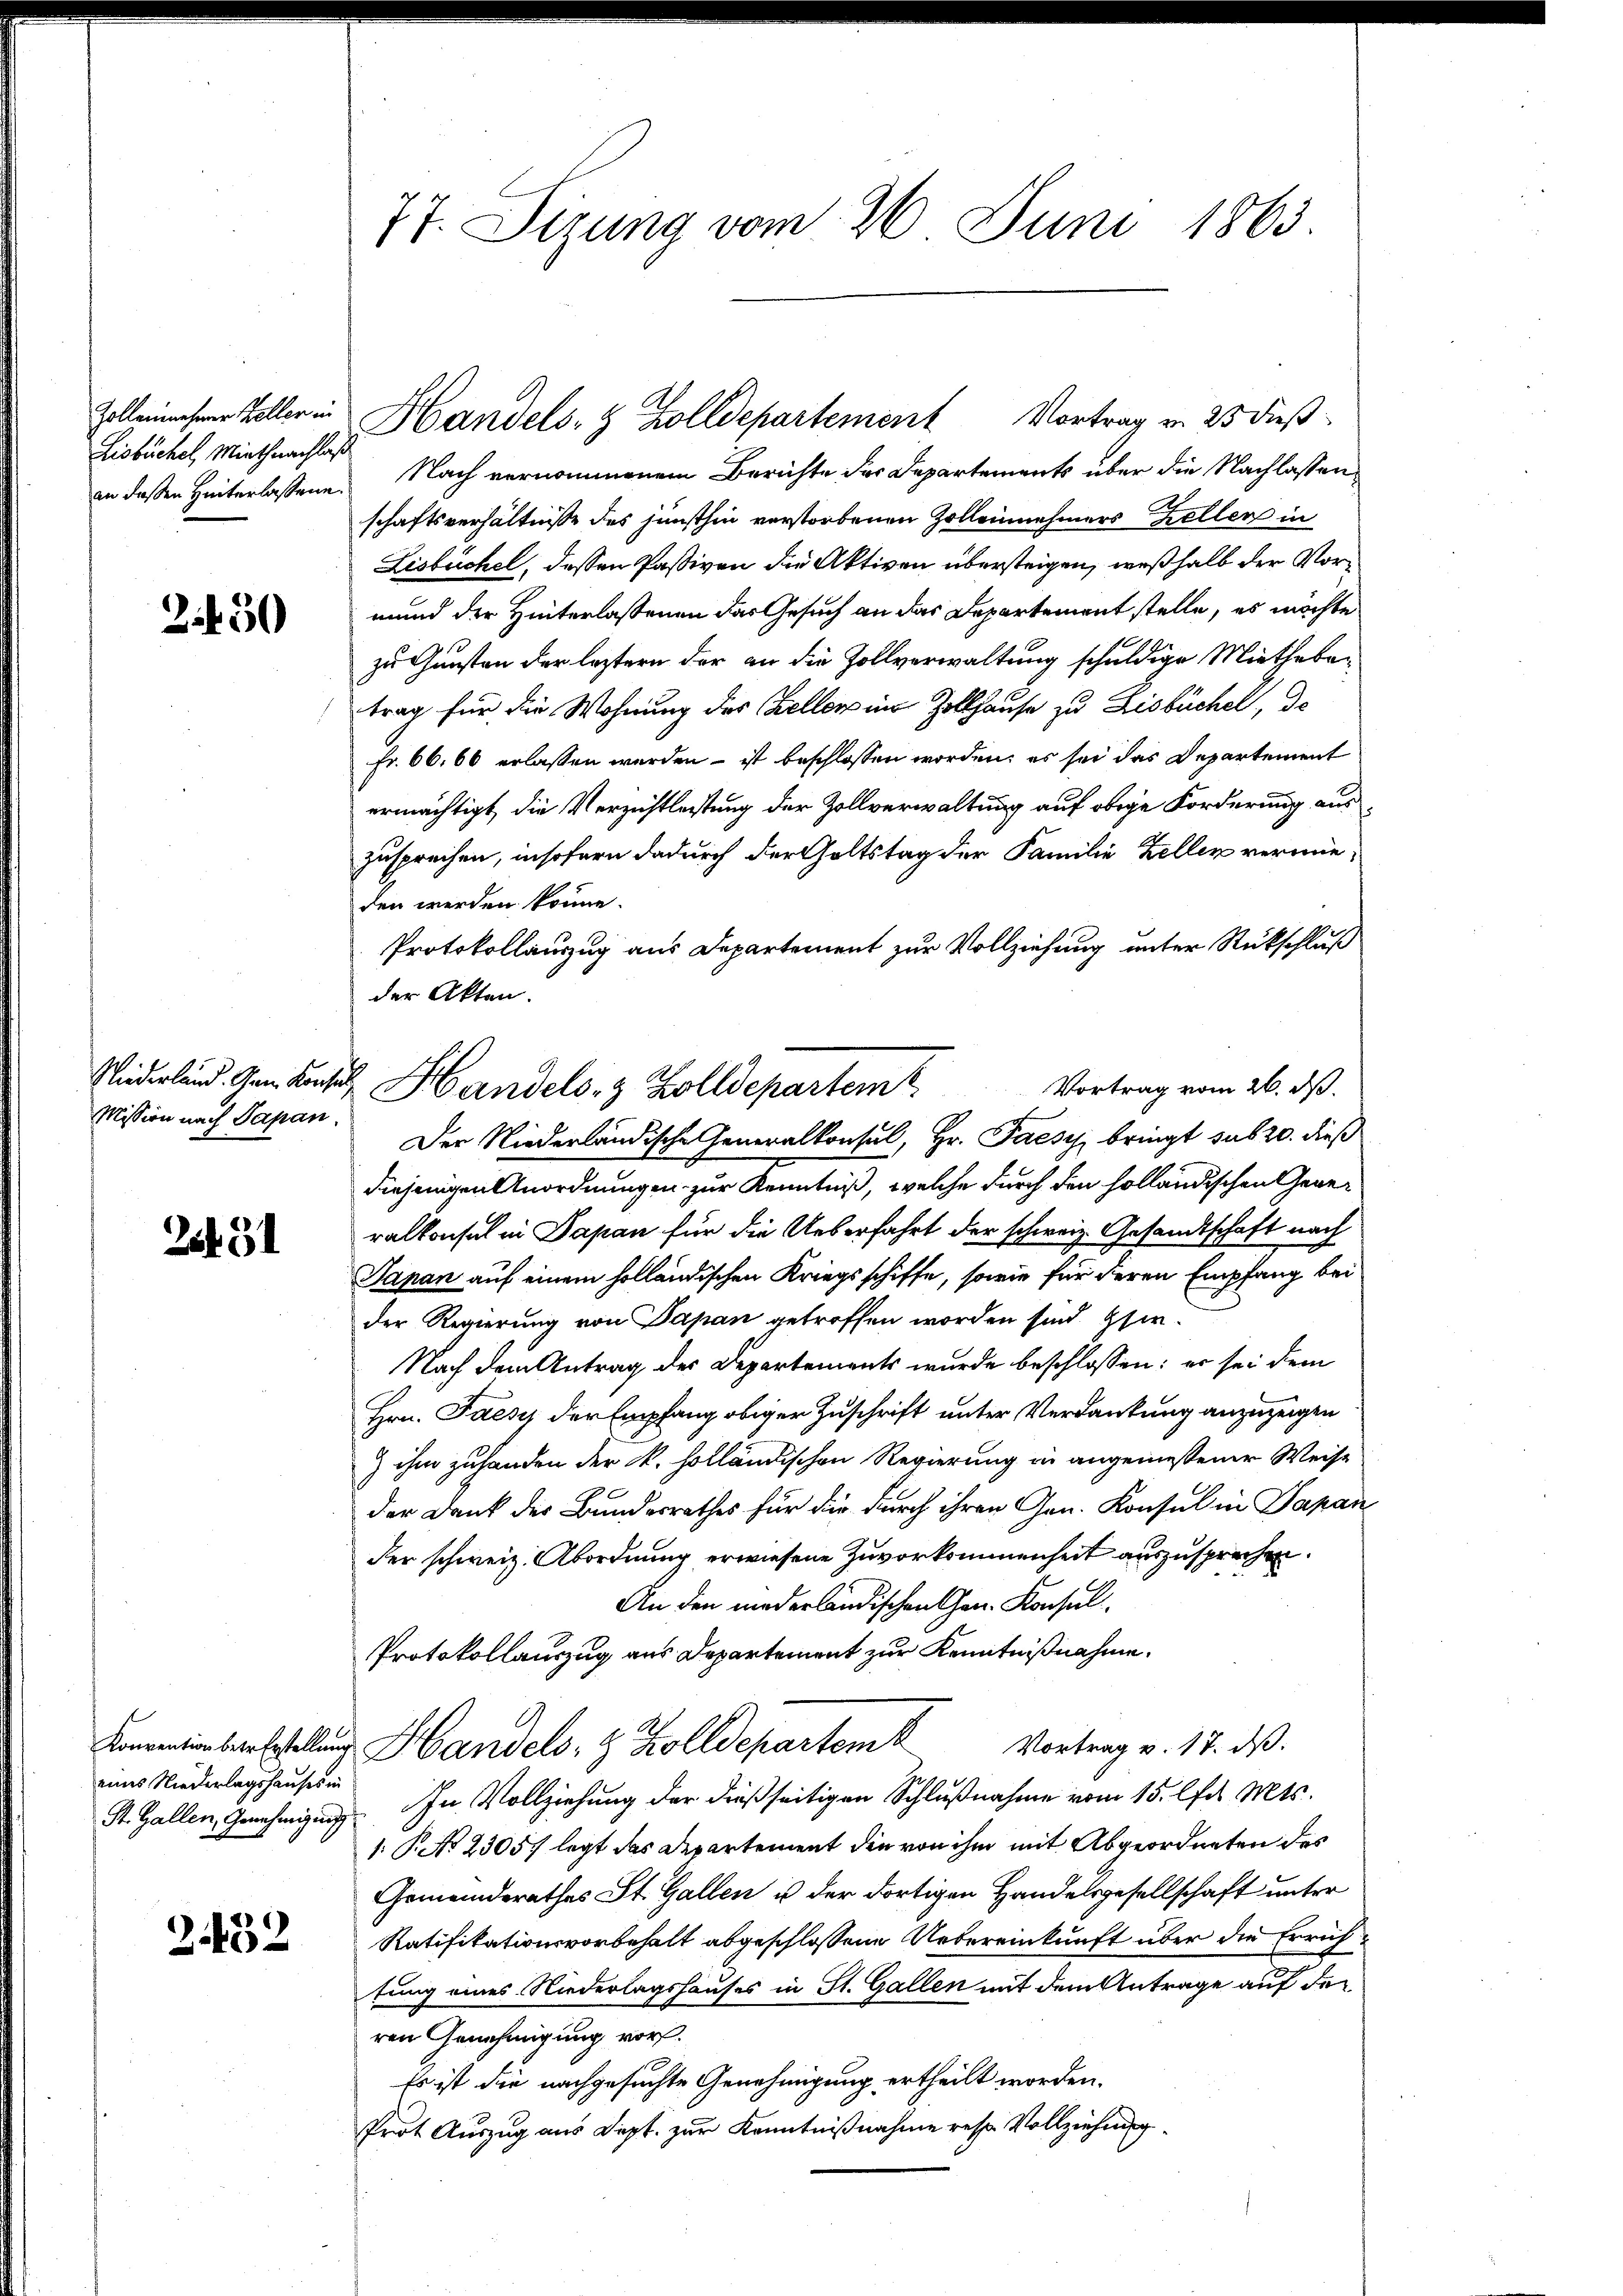
Zollenmehrer Keller in
Lisbüchel, Miethnachlas
an deßen Hinterlassene

2.450

Mission nach Papan

2431

eines Niederlagshauses in

2.452

77. Sizung vom 26. Juni 1863.

Widerland. General Handels- & Zolldepartem

Nach vernommenem Berichte des Departements über die Nachlassenschaftsverhältnisse des junsthin verstorbenen Zolleinehmers Kellen in
Lisbuchel, dessen Passiven die Aktiven übersteigen, weßhalb der Vormund der Hinterlassenen das Gesuch an das Departement stelle, es möchte
zu Gunsten der letztern der an die Zollverwaltung schuldige Miethebatrag für die Wohnung des Kellen in Zollhause zu Lisbüchel, de
Fr. 66,66 erlassen werden – ist beschlossen worden; es sei das Departement
ermächtigt, die Verzichtleitung der Zollverwaltung auf obige Forderung auszusprechen, insofern dadurch der Goltstag der Familie Zeller vermieden werden könne.
Protokollauszug aus Departement zur Vollziehung unter Rückschluß
der Akten.
Vortrag vom 26. ds.
Der Niederländische Generalkonsul, Hr. Paesy bringt sub 20. dieß
diejenigen Anordnungen zur Kenntniß, welche durch den holländischen Generralkonsul in Japan für die Ueberfahrt der schweiz. Gesandtschaft nach
Japan auf einem holländischen Kriegsschiffe, sowie für deren Empfang bei
der Regierung von Papan getroffen worden sind. Glie¬
Nach dem Antrag der Departements wurde beschlossen: er sei dem
Hrn. Jaesy der Empfang obiger Zuschrift unter Verdankung anzuzeigen
 ihm zuhanden der k. holländischen Regierung in angemessener Weise
der Dank des Bundesrathes für die durch ihren Gen. Konsul in Japan
der schweiz. Abordnung erwiesene Zuvorkommenheit auszusprechen.
An den niederländischen Chen. Konsul
Protokollauszug aus Departement zur Kenntnißnahme.
Komanionberstellung Handels- & Zolldepartem Vortrag v. 17. ds.
St. Gallen, Genehmigung. In Vollziehung der dießseitigen Schlußnahme vom 15. lfd. Mts.
1: P. No 2305. legt das Departement den von ihm mit Abgeordneten des
Gemeinderathes St. Gallen u der dortigen Handelsgesellschaft unter
Ratifikationsvorbehalt abgeschlossene Uebereinkunft über die Errichtung eines Niederlagshauses in St. Gallen mit dem Antrage auf der
ren Genehmigung vor.
Es ist die nachgesuchte Genehmigung ertheilt worden.
Prot Auszug aus Sept. zur Kenntnißnahme rese Vollziehung

Handels- & Zolldepartement Vortrag v. 25 dieß